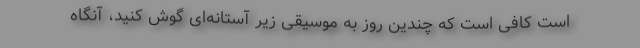
است کافی است که چندین روز به موسیقی زیر آستانه‌ای گوش کنید، آنگاه